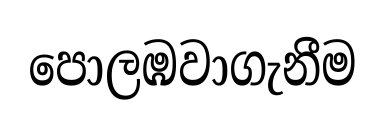
පොලඹවාගැනීම